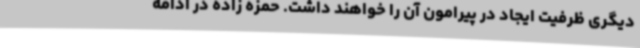
دیگری ظرفیت ایجاد در پیرامون آن را خواهند داشت. حمزه زاده در ادامه